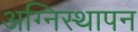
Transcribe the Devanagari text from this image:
अग्निस्थापन